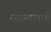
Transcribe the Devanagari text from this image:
रसास्वादाचे